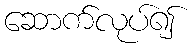
ဆောက်လုပ်၍